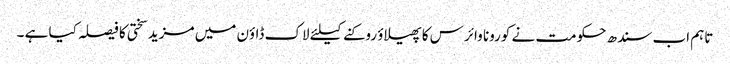
تاہم اب سندھ حکومت نے کورونا وائرس کا پھیلاؤ روکنے کیلئے لاک ڈاؤن میں مزید سختی کا فیصلہ کیا ہے ۔